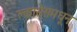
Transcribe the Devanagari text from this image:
क्लासेसमधून